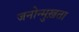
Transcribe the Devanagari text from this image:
जनोन्मुख़ता